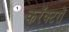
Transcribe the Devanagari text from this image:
करॅक्टरों